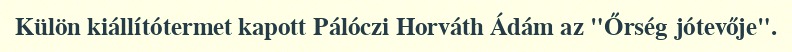
Külön kiállítótermet kapott Pálóczi Horváth Ádám az "Őrség jótevője".